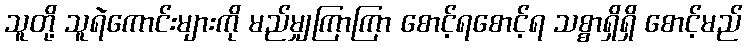
သူတို့ သူရဲကောင်းများကို မည်မျှကြာကြာ စောင့်ရစောင့်ရ သစ္စာရှိရှိ စောင့်မည်